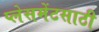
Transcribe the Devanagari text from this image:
प्लेसमेंटसाठी